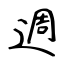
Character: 週